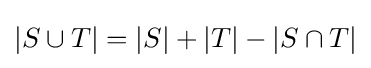
\displaystyle |S\cup T|=|S|+|T|-|S\cap T|